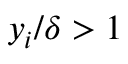
y _ { i } / \delta > 1